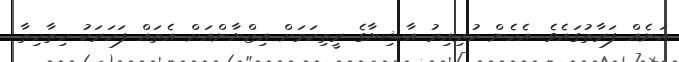
އަނެއް ފަރާތުގައެވެ. އެހެން ހުރިއިރު އާޝިޔާގެ ރީތިކަމަށް އިޒްޔާންއަށް އެތައް ފަހަރަކު ހިތާހިތާ